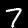
Digit: 7